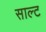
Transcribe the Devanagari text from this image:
साल्‍ट